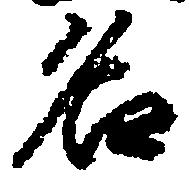
名